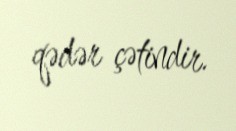
qədər çətindir.